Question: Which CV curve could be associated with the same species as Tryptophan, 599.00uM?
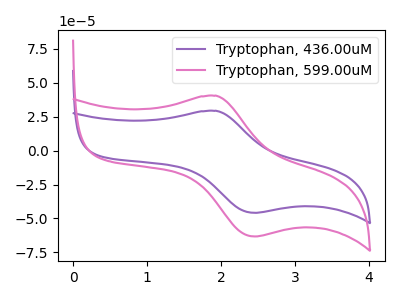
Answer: <think>The purple curve "Tryptophan, 436.00uM" has an anodic peak at (1.95V, 29.25uA) and a cathodic peak at (2.45V, -45.85uA). The pink curve "Tryptophan, 599.00uM" has an anodic peak at (1.95V, 40.40uA) and a cathodic peak at (2.45V, -63.25uA).
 All the peaks in "Tryptophan, 436.00uM" have a peak in "Tryptophan, 599.00uM" at the same potential. Every peak in "Tryptophan, 436.00uM" is lower than every peak in "Tryptophan, 599.00uM".</think>
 <answer>The CV with the most similar shape to "Tryptophan, 436.00uM" is "Tryptophan, 599.00uM".</answer>
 <eval>"Tryptophan, 599.00uM"</eval>